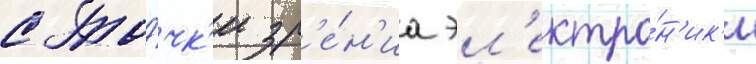
с то́чк'и зр'е́н'иа эл'ектро́н'ик'и